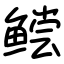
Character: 鲿